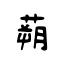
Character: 蒴